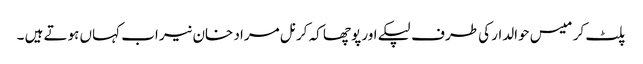
پلٹ کر میس حوالدار کی طرف لپکے اور پوچھا کہ کرنل مراد خان نیر اب کہاں ہوتے ہیں ۔